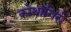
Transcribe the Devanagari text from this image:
कोथागिरी